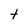
Character: t